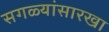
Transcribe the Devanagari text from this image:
सगळ्यांसारखा